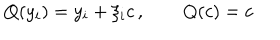
Q ( y _ { i } ) = y _ { i } + \xi _ { i } c \, , \quad \quad Q ( c ) = c \,